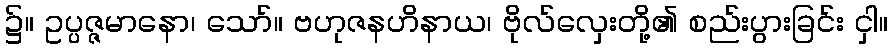
၌။ ဥပ္ပဇ္ဇမာနော၊ သော်။ ဗဟုဇနဟိနာယ၊ ဗိုလ်လှေးတို့၏ စည်းပွားခြင်း ငှါ။